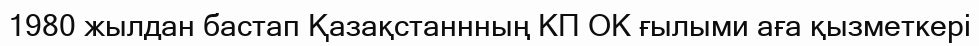
1980 жылдан бастап Қазақстаннның КП ОК ғылыми аға қызметкері